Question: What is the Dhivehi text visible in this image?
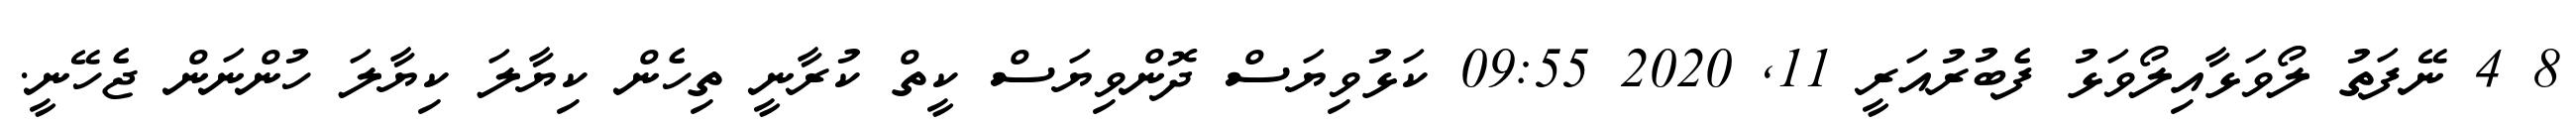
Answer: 8 4 ނޭފަތު ލޯވަޅާއިލޯވަޅު ފެބުރުއަރީ 11, 2020 09:55 ކަޅުވިޔަސް ދޮންވިޔަސް ކީތް ކުރާނީ ތިހެން ކިޔާލަ ކިޔާލަ ހުންނަން ޖެހޭނީ.